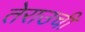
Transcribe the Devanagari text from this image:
तेराउची